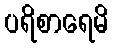
ပရိစာရေမိ